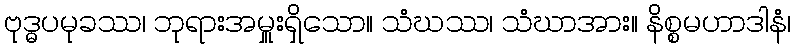
ဗုဒ္ဓပမုခဿ၊ ဘုရားအမှူးရှိသော။ သံဃဿ၊ သံဃာအား။ နိစ္စမဟာဒါနံ၊